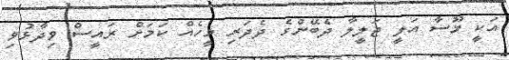
އަކީ މޫސާ އަލީ ޖަލީލާ ދެބޭންގެ ދެދަރި މީހެއް ކަމަށް ރައީސް ވިދާޅުވި